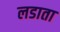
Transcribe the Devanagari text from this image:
लडाता